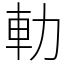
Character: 䡃